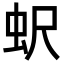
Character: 蚇